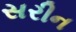
સરીન